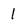
Character: 1